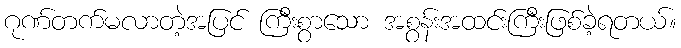
ဂုဏ်တက်မလာတဲ့အပြင် ကြီးစွာသော အစွန်းအထင်းကြီးဖြစ်ခဲ့ရတယ်။